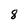
Character: 8